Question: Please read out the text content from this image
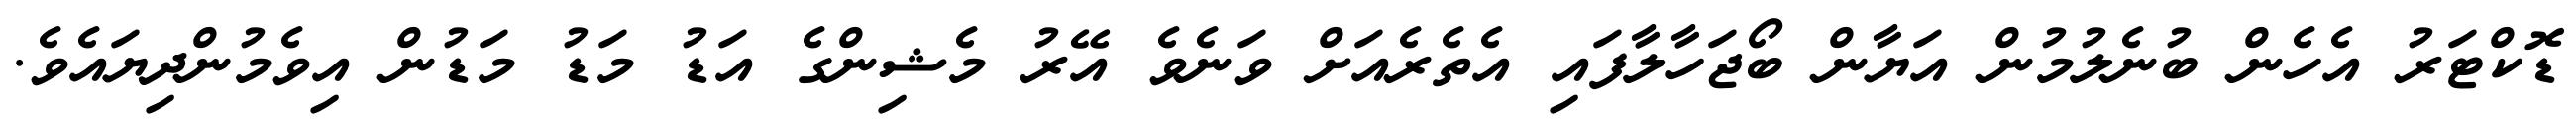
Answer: ޑޮކްޓަރު އެހެން ބުނެލުމުން އަޔާން ބޯޖަހާލާފައި އެތެރެއަށް ވަނެވެ އޭރު މެޝިންގެ އަޑު މަޑު މަޑުން އިވެމުންދިޔައެވެ.